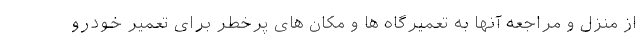
از منزل و مراجعه آنها به تعمیرگاه ها و مکان های پرخطر برای تعمیر خودرو